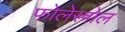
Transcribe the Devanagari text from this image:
फोलेस्त्रोल